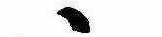
ゝ